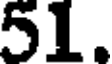
51.